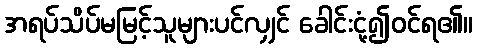
အရပ်သိပ်မမြင့်သူများပင်လျှင် ခေါင်းငုံ့၍ဝင်ရ၏။